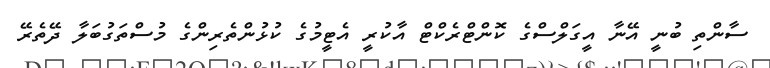
ސާންތި ބުނީ އޭނާ އީގަލްސްގެ ކޮންޓްރެކްޓް އާކުރީ އެޓީމުގެ ކުޅުންތެރިންގެ މުސްތަގުބަލާ ދޭތެރޭ